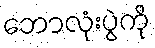
ဘောလုံးပွဲကို